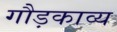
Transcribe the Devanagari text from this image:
गौड़काव्य